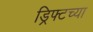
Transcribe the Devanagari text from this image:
ड्रिफ्टच्या